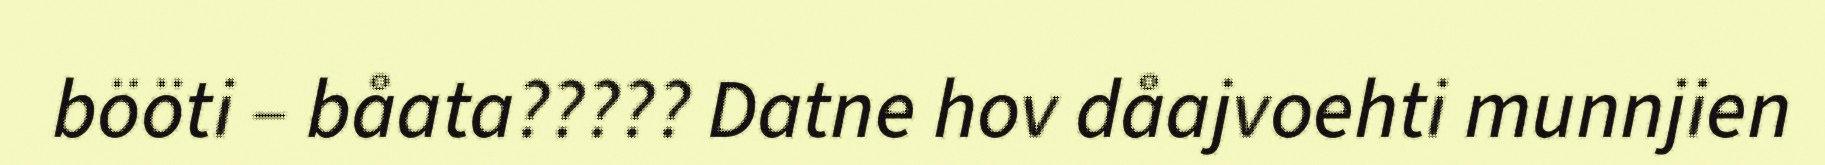
bööti – båata????? Datne hov dåajvoehti munnjien